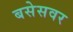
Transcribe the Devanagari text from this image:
बसेसवर